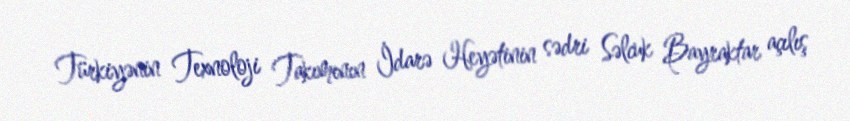
Türkiyənin Texnoloji Takımının İdarə Heyətinin sədri Səlcuk Bayraktar açılış